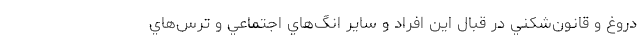
دروغ و قانون‌شكني در قبال اين افراد و ساير انگ‌هاي اجتماعي و ترس‌هاي